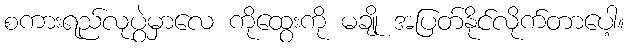
စကားရည်လုပွဲမှာလေ ကိုထွေးကို မချို အပြတ်နိုင်လိုက်တာပေါ့။